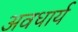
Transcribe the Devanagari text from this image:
अवधार्य